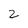
Character: Z